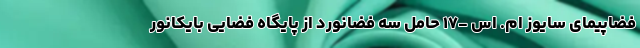
فضاپیمای سایوز ام. اس -۱۷ حامل سه فضانورد از پایگاه فضایی بایکانور